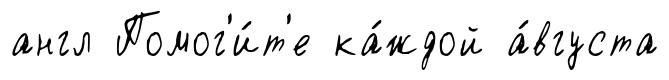
англ Помог'и́т'е ка́ждой а́вгуста